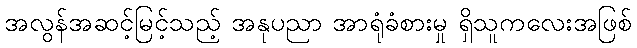
အလွန်အဆင့်မြင့်သည့် အနုပညာ အာရုံခံစားမှု ရှိသူကလေးအဖြစ်